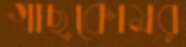
গাছকোমর